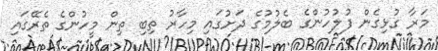
މަރާ ގުޅިގެން ފުލުހުންގެ ބެލުމުގެ ދަށުގައި މިހާރު ތިބި ތިން މީހުންގެ ތެރޭގައި